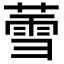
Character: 𬝹